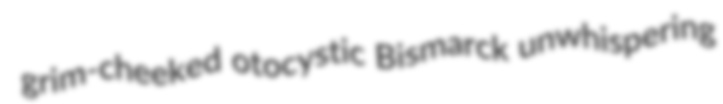
grim-cheeked otocystic Bismarck unwhispering